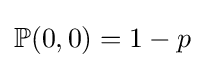
\mathbb {P} (0,0)=1-p